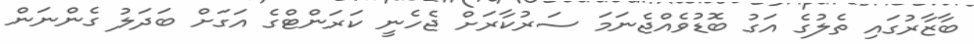
ބާޒާރުގައި ތެލުގެ އަގު ބޮޑުވެއްޖެނަމަ ސަރުކާރަށް ޖެހެނީ ކަރަންޓްގެ އަގަށް ބަދަލު ގެންނަން